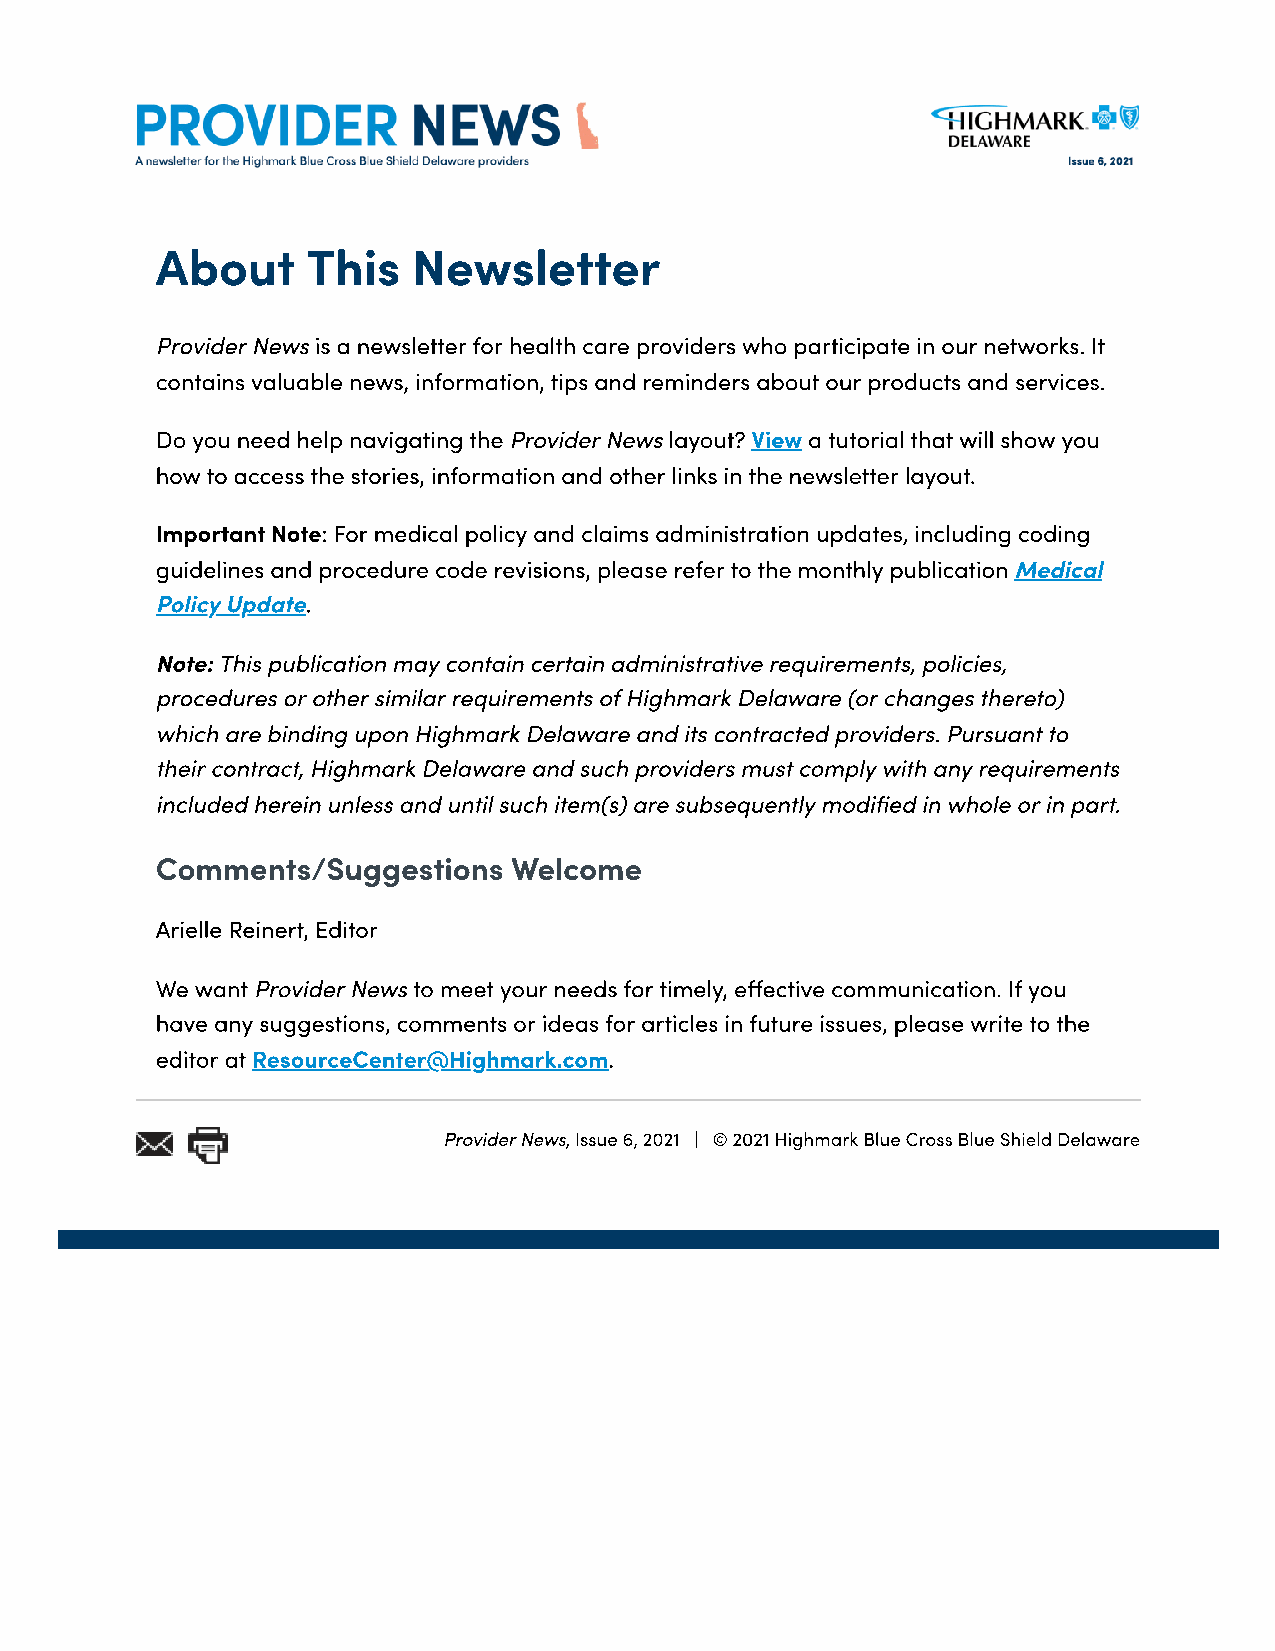
About     This   Newsletter
 Provider News is a newsletter for health care providers who participate in our networks. It
 contains valuable news, information, tips and reminders about our products and services.
 Do you need help navigating the Provider News layout? View a tutorial that will show you
 how to access the stories, information and other links in the newsletter layout.
 Important Note: For medical policy and claims administration updates, including coding
 guidelines and procedure code revisions, please refer to the monthly publication Medical
 Policy Update.
 Note: This publication may contain certain administrative requirements, policies,
 procedures or other similar requirements of Highmark Delaware (or changes thereto)
 which are binding upon Highmark Delaware and its contracted providers. Pursuant to
 their contract, Highmark Delaware and such providers must comply with any requirements
 included herein unless and until such item(s) are subsequently modied in whole or in part.
 Comments/Suggestions    Welcome
 Arielle Reinert, Editor
 We want Provider News to meet your needs for timely, eective communication. If you
 have any suggestions, comments or ideas for articles in future issues, please write to the
 editor at ResourceCenter@Highmark.com.
 Provider News, Issue 6, 2021 | © 2021 Highmark Blue Cross Blue Shield Delaware